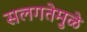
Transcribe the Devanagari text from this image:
सलगतेमुळे